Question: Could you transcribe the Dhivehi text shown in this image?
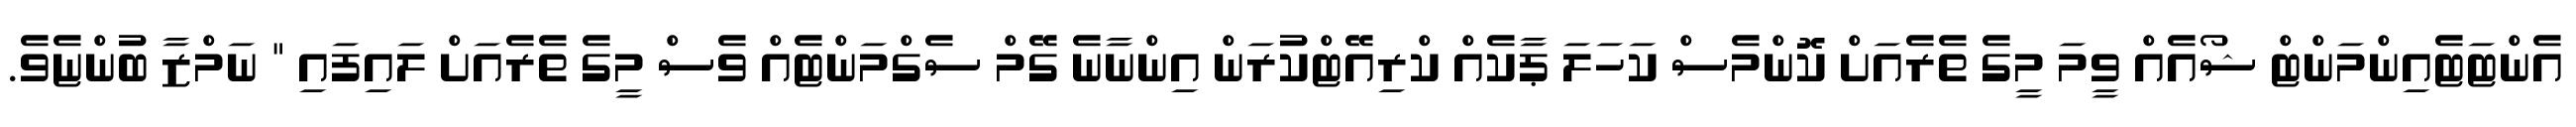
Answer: އެންޓަޓެއިންމަންޓް ޝޯއެއް ވީމަ މީގެ ތެރެއަށް ކޮންމެސް ކަހަލަ ޕާކެއް ކްރިއޭޓްކުރަން އިންނާނެ ގޭމް ސެގްމަންޓެއް ވެސް މީގެ ތެރެއަށް ލައިފައި " ނަމްޒާ ބުންޏެވެ.